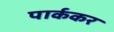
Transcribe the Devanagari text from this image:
पार्ककर